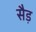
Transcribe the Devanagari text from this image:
सैड़